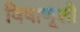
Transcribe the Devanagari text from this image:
विषाणूशी